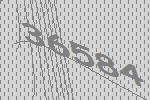
36584